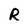
Character: R